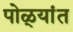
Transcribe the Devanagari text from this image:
पोळ्यांत